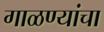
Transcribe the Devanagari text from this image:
गाळण्यांचा